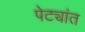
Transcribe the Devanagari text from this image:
पेट्यांत